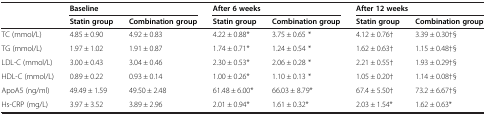
<table><thead><tr><td rowspan="2">[EMPTY_CELL]</td><td colspan="2"><b>Baseline</b></td><td colspan="2"><b>After 6 weeks</b></td><td colspan="2"><b>After 12 weeks</b></td></tr><tr><td><b>Statin group</b></td><td><b>Combination group</b></td><td><b>Statin group</b></td><td><b>Combination group</b></td><td><b>Statin group</b></td><td><b>Combination group</b></td></tr></thead><tbody><tr><td>TC (mmol/L)</td><td>4.85 ± 0.90</td><td>4.92 ± 0.83</td><td>4.22 ± 0.88*</td><td>3.75 ± 0.65 *</td><td>4.12 ± 0.76†</td><td>3.39 ± 0.30†§</td></tr><tr><td>TG (mmol/L)</td><td>1.97 ± 1.02</td><td>1.91 ± 0.87</td><td>1.74 ± 0.71*</td><td>1.24 ± 0.54 *</td><td>1.62 ± 0.63†</td><td>1.15 ± 0.48†§</td></tr><tr><td>LDL-C (mmol/L)</td><td>3.00 ± 0.43</td><td>3.04 ± 0.46</td><td>2.30 ± 0.53*</td><td>2.06 ± 0.28 *</td><td>2.21 ± 0.55†</td><td>1.93 ± 0.29†§</td></tr><tr><td>HDL-C (mmol/L)</td><td>0.89 ± 0.22</td><td>0.93 ± 0.14</td><td>1.00 ± 0.26*</td><td>1.10 ± 0.13 *</td><td>1.05 ± 0.20†</td><td>1.14 ± 0.08†§</td></tr><tr><td>ApoA5 (ng/ml)</td><td>49.49 ± 1.59</td><td>49.50 ± 2.48</td><td>61.48 ± 6.00*</td><td>66.03 ± 8.79*</td><td>67.4 ± 5.50†</td><td>73.2 ± 6.67†§</td></tr><tr><td>Hs-CRP (mg/L)</td><td>3.97 ± 3.52</td><td>3.89 ± 2.96</td><td>2.01 ± 0.94*</td><td>1.61 ± 0.32*</td><td>2.03 ± 1.54*</td><td>1.62 ± 0.63*</td></tr></tbody></table>